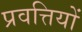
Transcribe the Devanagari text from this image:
प्रवत्तियों